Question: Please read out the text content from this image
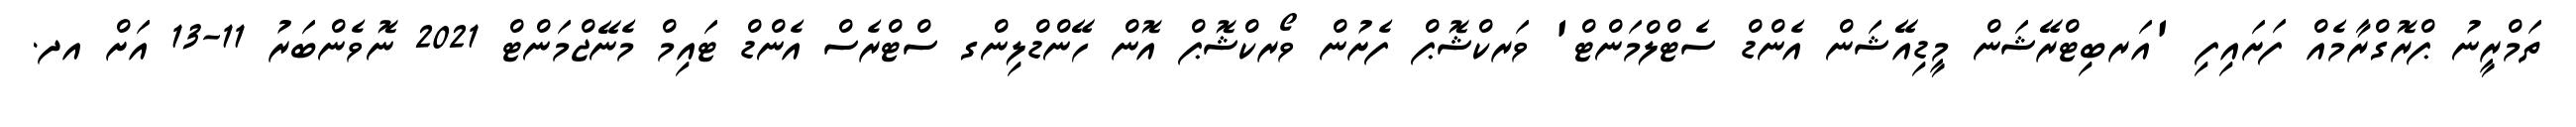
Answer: ތަމްރީނު ޕްރޮގްރާމެއް ފަށައިފި 'އަރބިޓްރޭޝަން މީޑިއޭޝަން އެންޑް ސެޓްލްމަންޓް' ވަރކްޝޮޕް ފެށުން ވޯރކްޝޮޕް އޮން ހޭންޑްލިންގ ސްޓްރެސް އެންޑް ޓައިމް މެނޭޖްމަންޓް 2021 ނޮވެންބަރު 11-13 އަށް އދ.